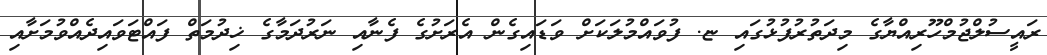
ރައީސުލްޖުމްހޫރިއްޔާގެ މިދަތުރުފުޅުގައި ޏ. ފުވައްމުލަކަށް ވަޑައިގެން އެރަށުގެ ފެނާއި ނަރުދަމާގެ ޚިދުމަތް ފައްޓަވައިދެއްވުމަށާއި